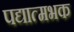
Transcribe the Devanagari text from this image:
पद्यात्मभक